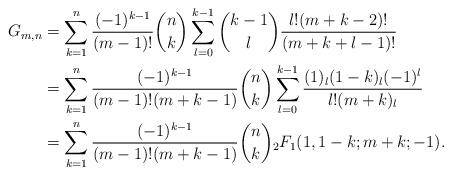
LaTeX: \begin{align*}G_{m,n}&=\sum\limits_{k=1}^n\frac{(-1)^{k-1}}{(m-1)!}\binom{n}{k}\sum\limits_{l=0}^{k-1}\binom{k-1}{l}\frac{l!(m+k-2)!}{(m+k+l-1)!}\\&=\sum\limits_{k=1}^n\frac{(-1)^{k-1}}{(m-1)!(m+k-1)}\binom{n}{k}\sum\limits_{l=0}^{k-1}\frac{(1)_l(1-k)_l(-1)^l}{l!(m+k)_l}\\&=\sum\limits_{k=1}^n\frac{(-1)^{k-1}}{(m-1)!(m+k-1)}\binom{n}{k}{_2}F_1(1,1-k;m+k;-1).\end{align*}